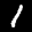
Label: 1